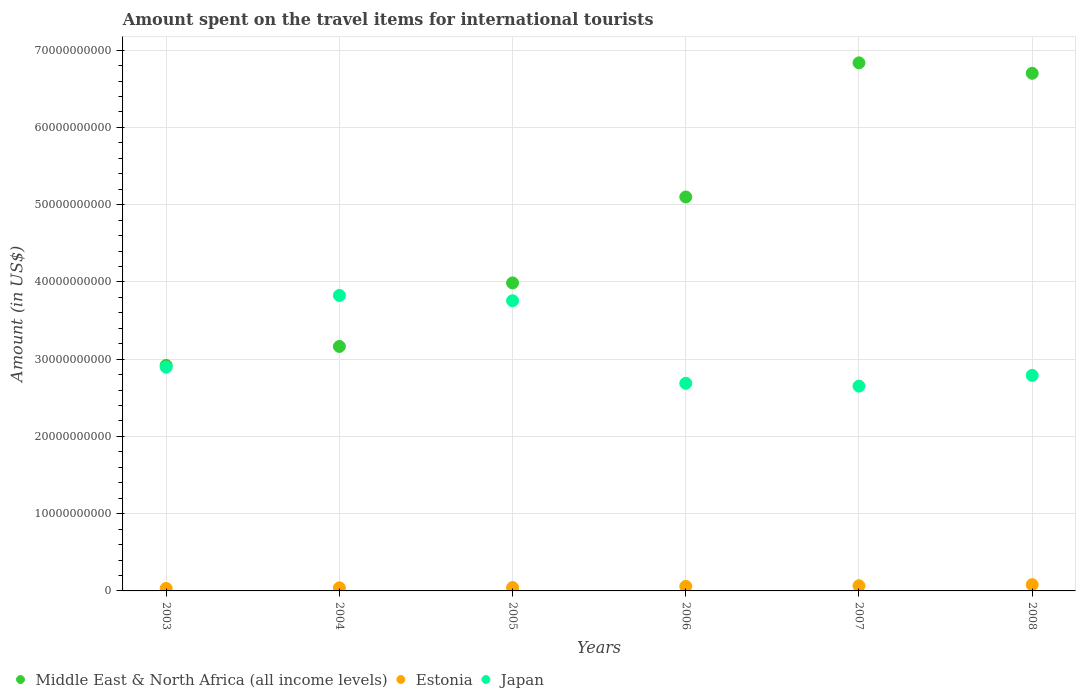
| Years | Middle East & North Africa (all income levels) | Estonia | Japan |
 | --- | --- | --- | --- |
 | 2003 | 2.92e+10 | 3.19e+08 | 2.9e+10 |
 | 2004 | 3.16e+10 | 3.99e+08 | 3.83e+10 |
 | 2005 | 3.99e+10 | 4.39e+08 | 3.76e+10 |
 | 2006 | 5.1e+10 | 5.86e+08 | 2.69e+10 |
 | 2007 | 6.84e+10 | 6.7e+08 | 2.65e+10 |
 | 2008 | 6.7e+10 | 8.09e+08 | 2.79e+10 |